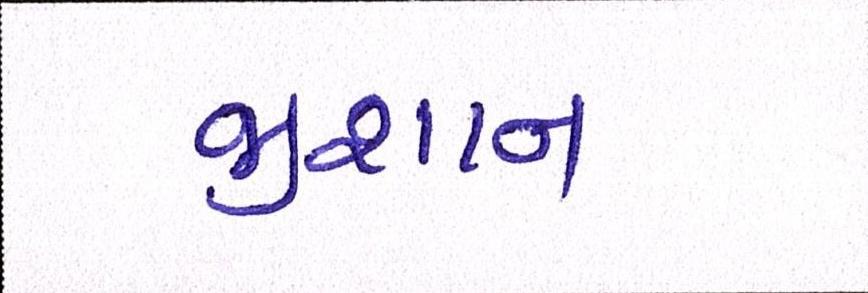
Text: જીશાન